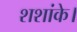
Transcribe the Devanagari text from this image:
शशांके।